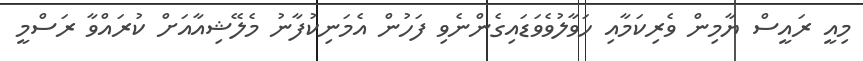
މިއީ ރައީސް ޔާމިން ވެރިކަމާއި ހަވާލުވެވަޑައިގެންނެވި ފަހުން އެމަނިކުފާނު މެލޭޝިއާއަށް ކުރައްވާ ރަސްމީ